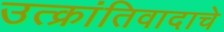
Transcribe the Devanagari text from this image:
उत्क्रांतिवादाचे